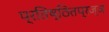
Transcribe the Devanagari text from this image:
प्रतिष्ठितप्रज्ञ